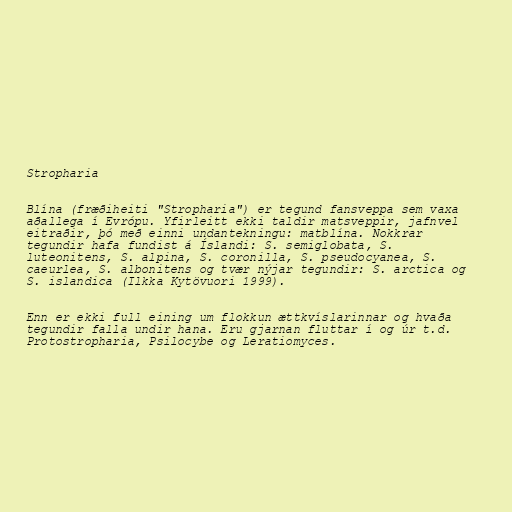
Stropharia

Blína (fræðiheiti "Stropharia") er tegund fansveppa sem vaxa
aðallega í Evrópu. Yfirleitt ekki taldir matsveppir, jafnvel
eitraðir, þó með einni undantekningu: matblína. Nokkrar
tegundir hafa fundist á Íslandi: S. semiglobata, S.
luteonitens, S. alpina, S. coronilla, S. pseudocyanea, S.
caeurlea, S. albonitens og tvær nýjar tegundir: S. arctica og
S. islandica (Ilkka Kytövuori 1999).

Enn er ekki full eining um flokkun ættkvíslarinnar og hvaða
tegundir falla undir hana. Eru gjarnan fluttar í og úr t.d.
Protostropharia, Psilocybe og Leratiomyces.